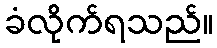
ခံလိုက်ရသည်။